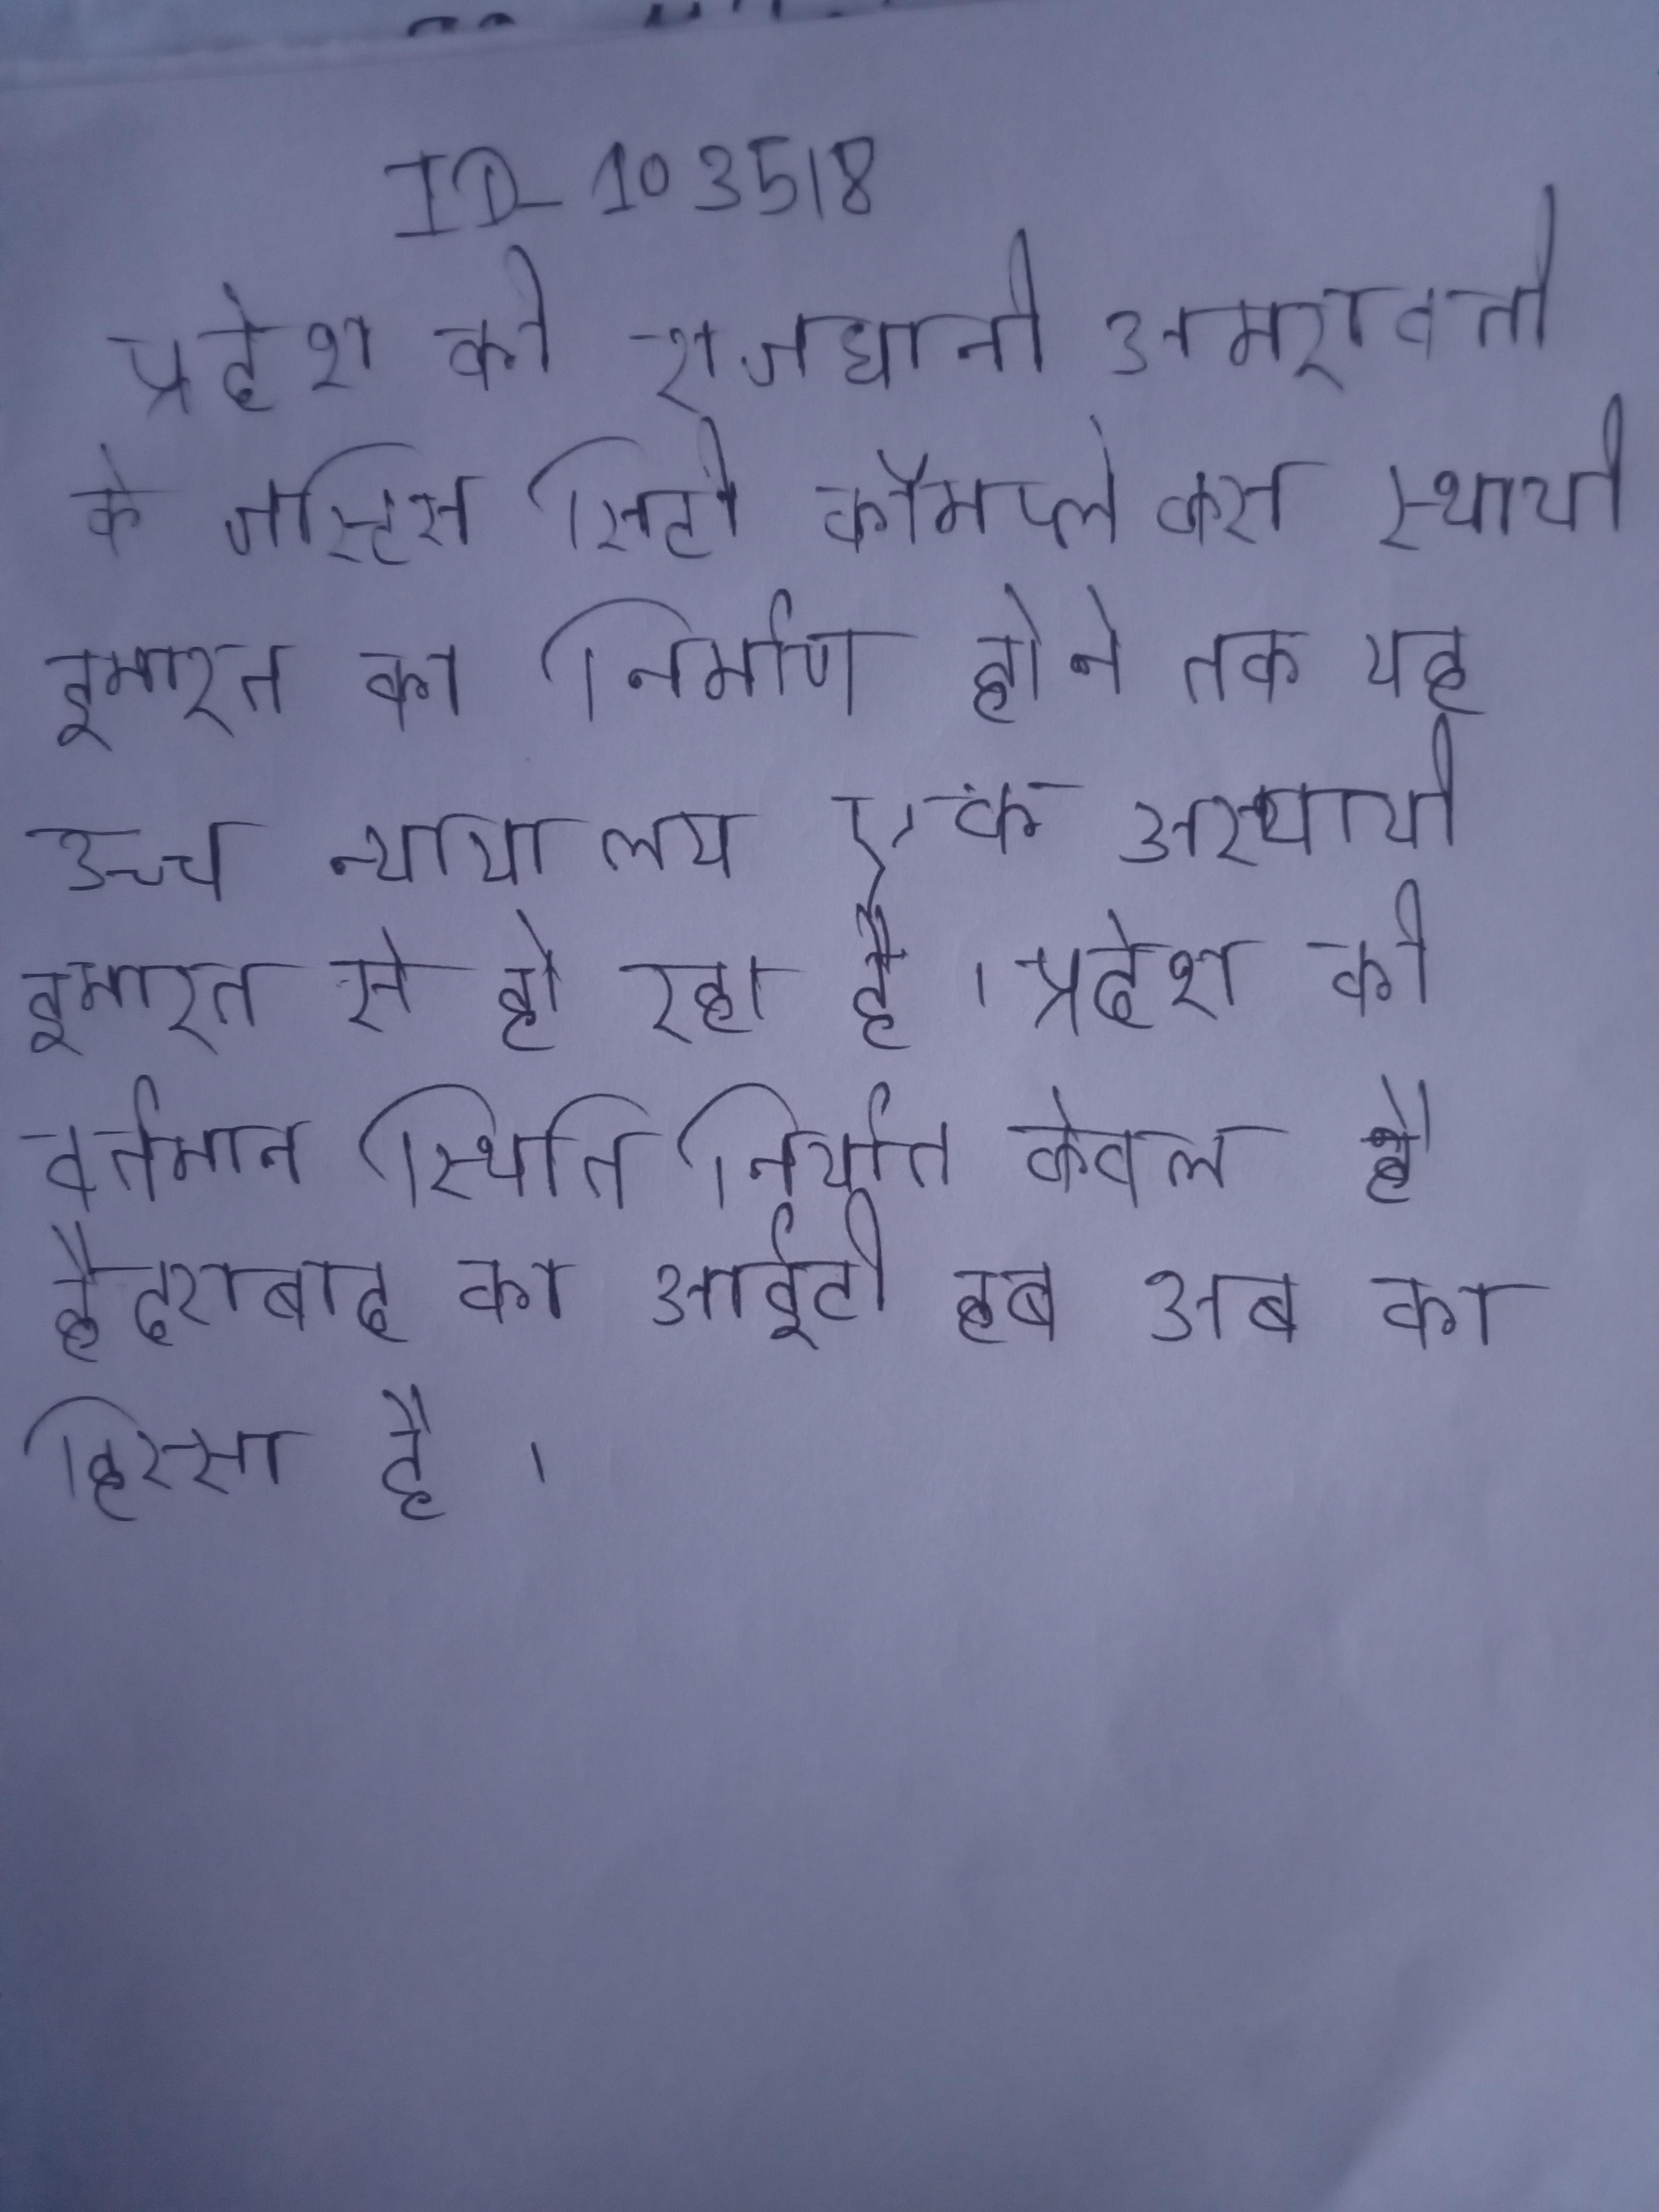
प्रदेश की राजधानी अमरावती के जस्टिस सिटी कॉम्प्लेक्स स्थायी इमारत का निर्माण होने तक यह उच्च न्यायालय एक अस्थायी इमारत से हो रहा है । प्रदेश की वर्तमान स्थिति निर्यात केवल है हैदराबाद का आईटी हब अब का हिस्सा है ।